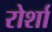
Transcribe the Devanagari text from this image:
रोर्शा